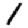
Digit: 1